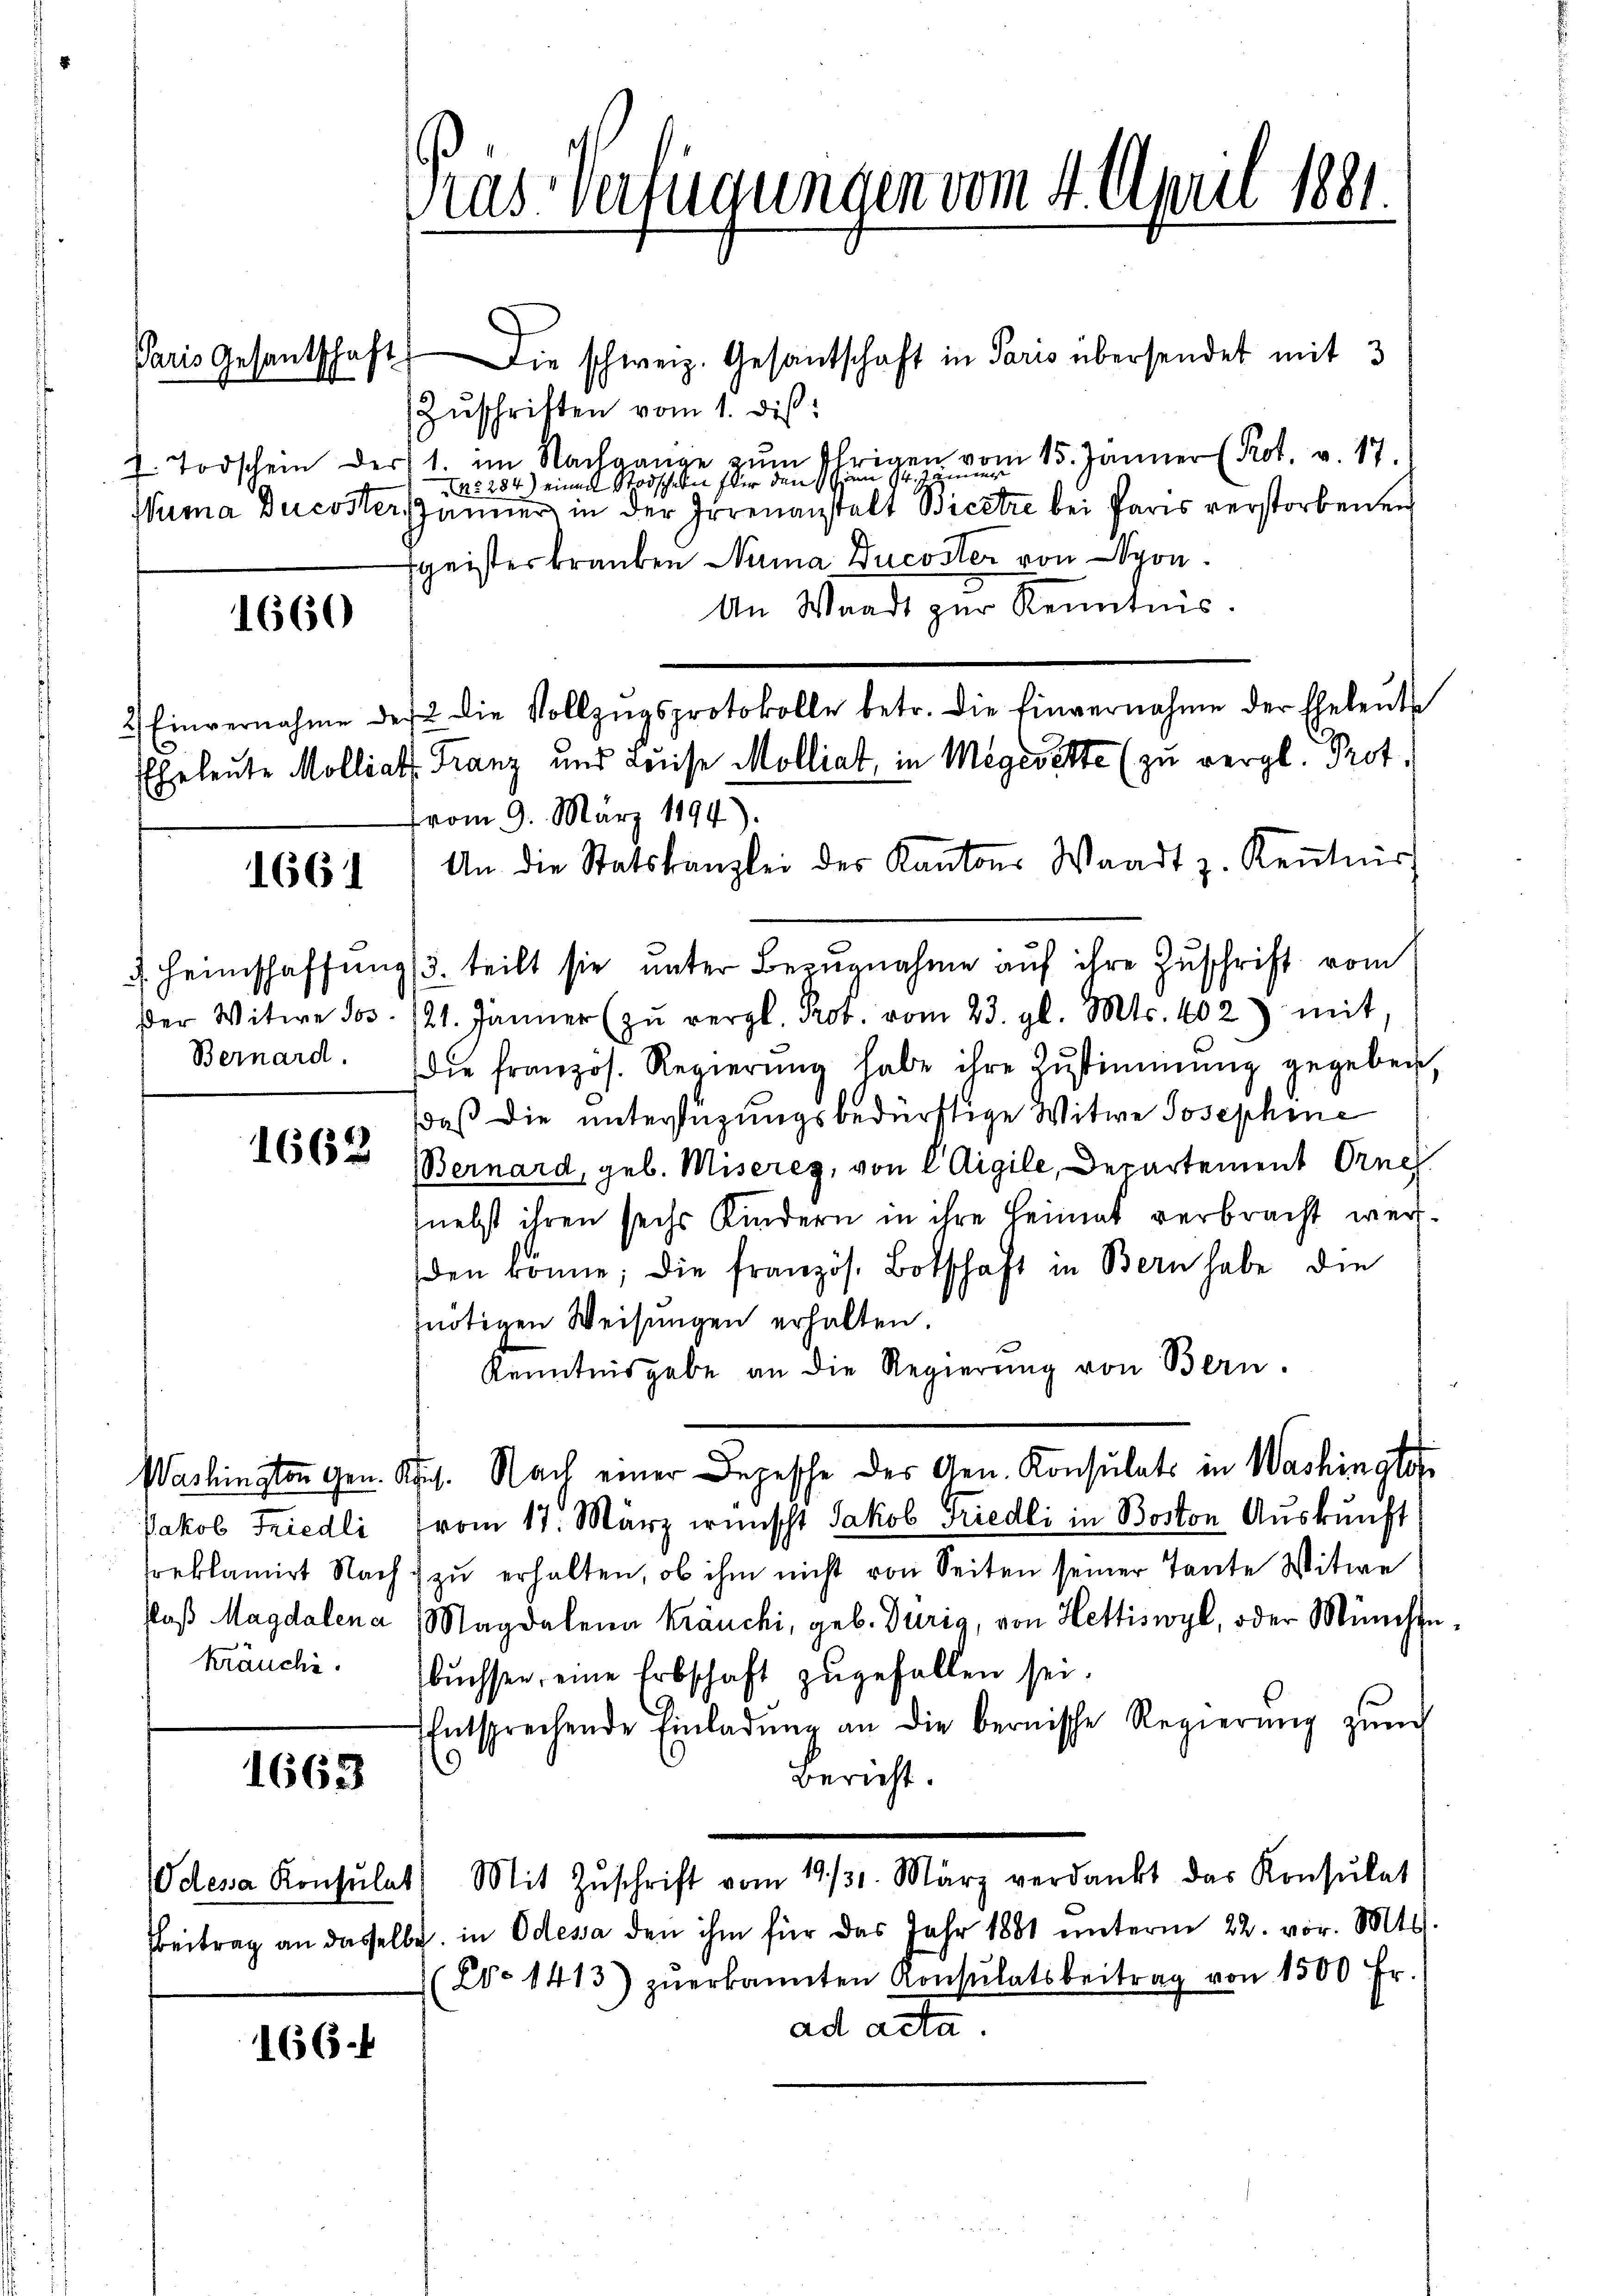
Paris Gesantschaft

1660

1661

1662

1663

kräuchi.

166.

Gras Verfügungen vom 4. April 1881.

Die schweiz. Gesantschaft in Paris übersendet mit 3
Zŭschriften vom 1. dis:
7. Todschein der 1. im Nachgange zŭm Ehrigen vom 15. Jänner (Prot. v. 17.
NNo. 284) einen Stodschein für den hien fr. in
Wuma Ducoster, Jänner in der Irrenanstalt Bicetze bei Paris verstorbenen
geisterkranken Numa Ducoster von Nyon.
An Waadt zur Kenntnis.
2) Einvernahme des die Vollzŭgsprotokolle betr. die Einvernahme der Eheleŭt
EEheleute Molliat. Franz und Luise Molliat, in Megerette (zu vergl. Prot.
vom 9. März 1894).
An die Statskanzlei der Kantons Waadt z. Keṅtnis
. Heimschaffung (3. teilt sie unter Bezugnahme auf ihre Zuschrift vom
der Witwe Jos. 121. Jänner (zŭ vergl. Prot. vom 23. gl. Mts. 402) mit,
Bernard. Die französ. Regierŭng habe ihre Zŭstimmung gegeben,
Daß die unterstüzungsbedürftige Witwe Josephine
Bernard, geb. Miseres, von CAigile, Departement Orne
(nebst ihren sechs Kindern in ihre Heimat verbracht werden könne; die französ. Botschaft in Bern habe die
nötigen Weisungen erhalten.
Kenntnisgabe an die Regierung von Bern.
Washington gen. Art. Nach einer Depesche des Gen. Konsulats in Washingto
Jakob Friedli vom 17. März wünscht Jakob Friedli in Boston Auskunft
reklamirt Nach zu erhalten, ob ihm nicht von Seiten seiner Tante Witwe
Poß Magdalena Magdalena Kräuchi, geb. Durig, von Hettiswyl, oder Münchenbŭchsen, eine Erbschaft zugefallen sei.
entsprechende Einladŭng an die bernische Regierŭng zŭm
.
Bericht.
dena Konsŭlat) Mit Zŭschrift vom 19./31. März verdankt das Konsulat
Beitrag an dasselbe in Odessa den ihm für das Jahr 1881 unterm 22. vor. Mts.
No 1413) zŭerkannten Konsulatsbeitrag von 1500 Fr.
ad acta